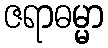
ဇရာဓမ္မာ